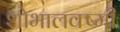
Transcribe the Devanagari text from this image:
शोभालक्ष्मी